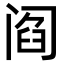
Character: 阎